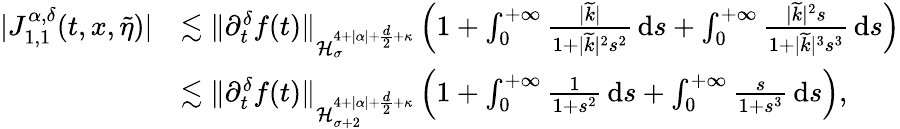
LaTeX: \begin{array}{rl}{\vert J_{1,1}^{\alpha,\delta}(t,x,\widetilde{\eta})\vert}&{\lesssim\Vert\partial_{t}^{\delta}f(t)\Vert_{\mathcal{H}_{\sigma}^{4+\vert\alpha\vert+\frac{d}{2}+\kappa}}\left(1+\int_{0}^{+\infty}\frac{\vert\widetilde{k}\vert}{1+\vert\widetilde{k}\vert^{2}s^{2}}\, \mathrm{d}s+\int_{0}^{+\infty}\frac{\vert\widetilde{k}\vert^{2}s}{1+\vert\widetilde{k}\vert^{3}s^{3}}\, \mathrm{d}s\right)}\\ &{\lesssim\Vert\partial_{t}^{\delta}f(t)\Vert_{\mathcal{H}_{\sigma+2}^{4+\vert\alpha\vert+\frac{d}{2}+\kappa}}\left(1+\int_{0}^{+\infty}\frac{1}{1+s^{2}}\, \mathrm{d}s+\int_{0}^{+\infty}\frac{s}{1+s^{3}}\, \mathrm{d}s\right),}\end{array}